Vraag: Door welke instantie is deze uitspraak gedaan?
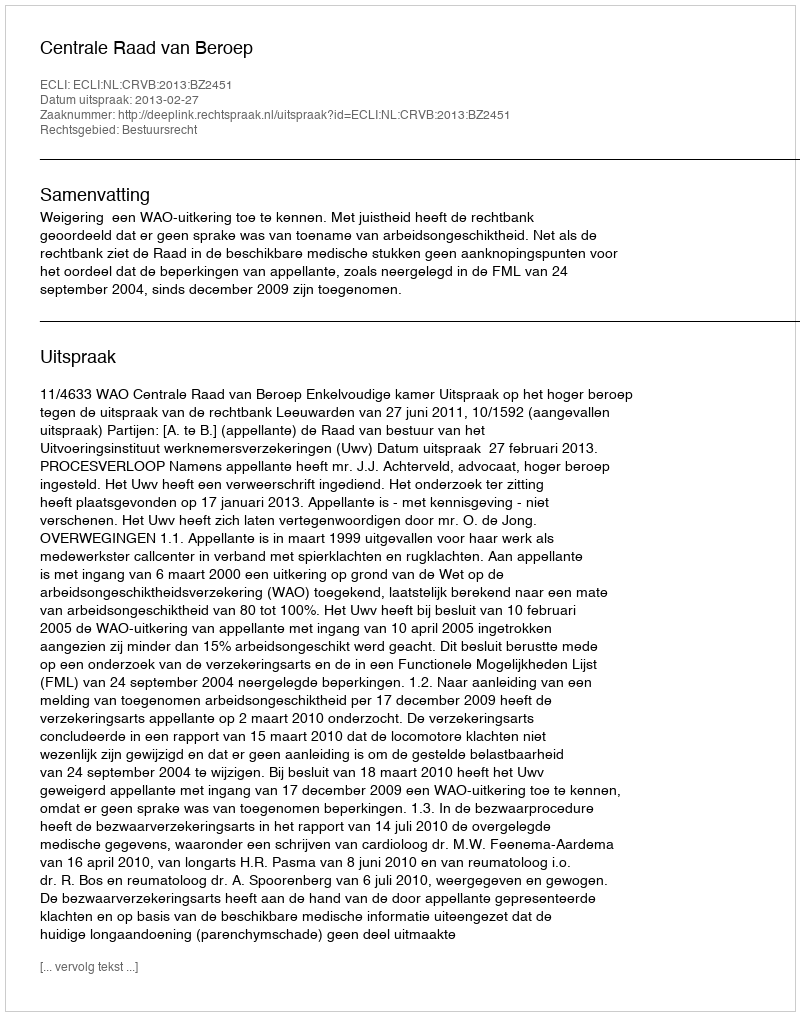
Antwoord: Centrale Raad van Beroep